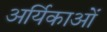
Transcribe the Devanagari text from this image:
अर्यिकाओं